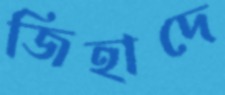
জিহাদে